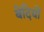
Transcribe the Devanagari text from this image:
बेदियों